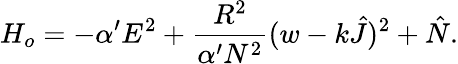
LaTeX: H_{o}=-\alpha^{\prime}E^{2}+\frac{R^{2}}{\alpha^{\prime}N^{2}}(w-k\hat{J})^{2}+\hat{N}.